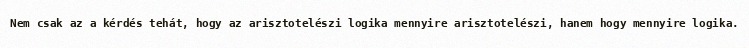
Nem csak az a kérdés tehát, hogy az arisztotelészi logika mennyire arisztotelészi, hanem hogy mennyire logika.